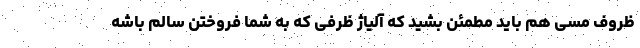
ظروف مسی هم باید مطمئن بشید که آلیاژ ظرفی که به شما فروختن سالم باشه